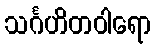
သင်္ဂဟိတဝါရော